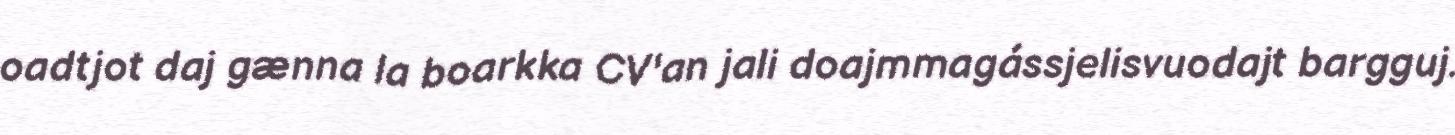
oadtjot daj gænna la boarkka CV'an jali doajmmagássjelisvuodajt bargguj.